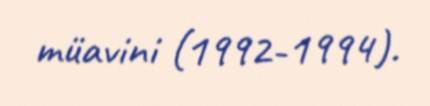
müavini (1992-1994).